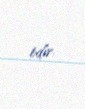
edir.